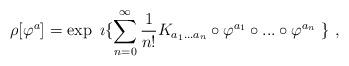
LaTeX: \begin{align*}\rho [\varphi^{a}] = \exp \ \imath \{ \sum_{n=0}^{\infty} \frac{1}{n!} K_{a_{1}...a_{n}} \circ \varphi^{a_{1}} \circ ... \circ \varphi^{a_{n}} \ \}\ ,\end{align*}